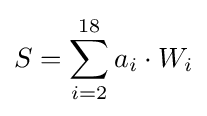
S=\sum _{i=2}^{18}a_{i}\cdot W_{i}